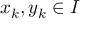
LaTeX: x _ { k } , y _ { k } \in I